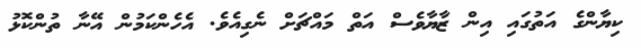
ކިޔާންގެ އަތުގައި އިން ޒާޔާވެސް އަތް މައްޗަށް ނެގިއެވެ. އެހެންކަމުން އޭނާ ތުންކޮޅު